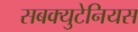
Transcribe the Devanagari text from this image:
सबक्युटेनियस